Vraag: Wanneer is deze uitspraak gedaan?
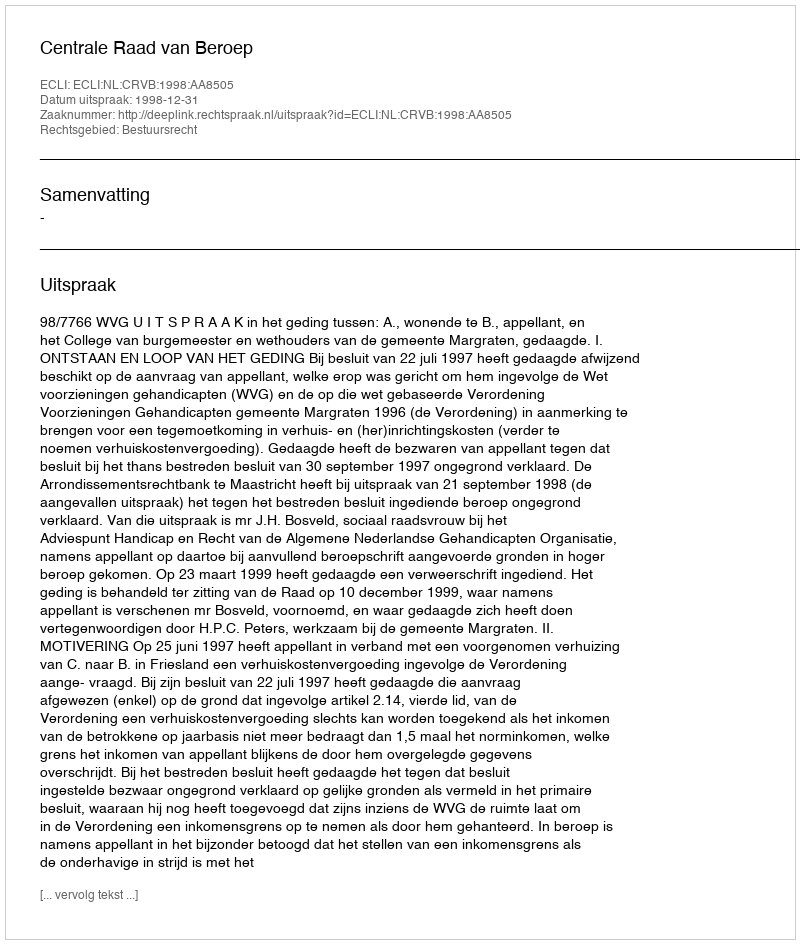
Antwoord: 1998-12-31